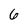
Character: 6